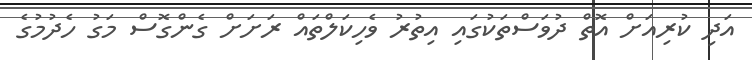
އަދި ކުރިއަށް އޮތް ދުވަސްތަކުގައި އިތުރު ވެހިކަލްތައް ރަށަށް ގެންގޮސް މަގު ހެދުމުގެ